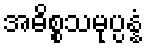
အဓိစ္စသမုပ္ပန္နံ